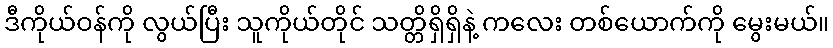
ဒီကိုယ်ဝန်ကို လွယ်ပြီး သူကိုယ်တိုင် သတ္တိရှိရှိနဲ့ ကလေး တစ်ယောက်ကို မွေးမယ်။